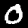
Digit: 0